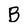
Character: B